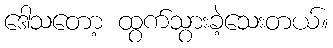
ဒေါသတော့ ထွက်သွားခဲ့သေးတယ်။